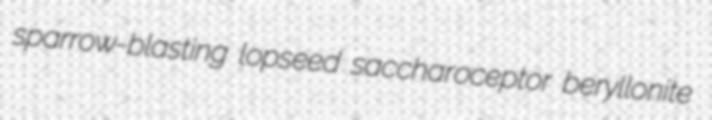
sparrow-blasting lopseed saccharoceptor beryllonite